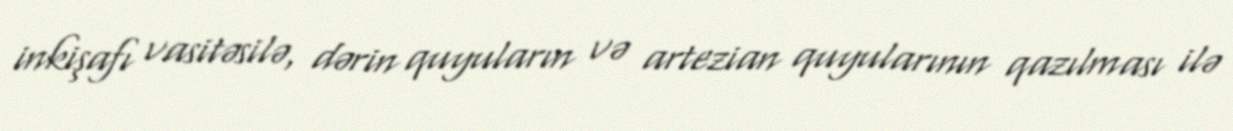
inkişafı vasitəsilə, dərin quyuların və artezian quyularının qazılması ilə